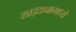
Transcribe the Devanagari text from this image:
खड्ड्यामध्ये